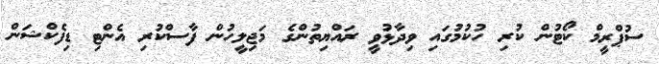
ސުޕްރީމް ކޯޓުން ކުރި ހުކުމުގައި ވިދާޅުވީ ރައްޔިތުންގެ މަޖިލީހުން ފާސްކުރި އެންޓި ޑިފެކްޝަން